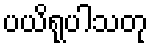
ပယိရုပါသတု